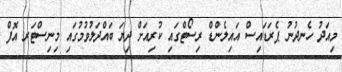
މިއަދު ހެނދުނު ޕެރަޑައިސް އައިލެންޑް ރިސޯޓްގައި ކުރިއަށް ދިޔަ ބައްދަލުވުމުގައި މިނިސްޓަރ އޮފް